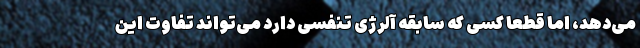
می‌دهد، اما قطعاً کسی که سابقه آلرژی تنفسی دارد می‌تواند تفاوت این